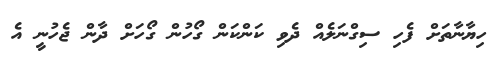
ހިޔާނާތަށް ފެހި ސިގްނަލެއް ދެވި ކަންކަން ގޯހުން ގޯހަށް ދާން ޖެހުނީ އެ